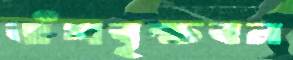
বাঁশবৃক্ষবন